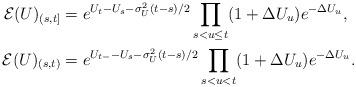
LaTeX: \begin{align*}\mathcal{E}(U)_{(s,t]} & = e^{U_t - U_s - \sigma_U^2 (t-s)/2} \prod_{s< u \leq t} (1 + \Delta U_u) e^{-\Delta U_u}, \\\mathcal{E}(U)_{(s,t)} & = e^{U_{t-} - U_s - \sigma_U^2 (t-s)/2} \prod_{s< u < t} (1 + \Delta U_u) e^{-\Delta U_u}.\end{align*}